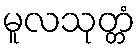
မူလသုတ္တံ